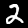
Label: 2